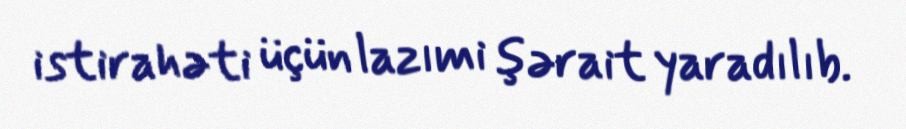
istirahəti üçün lazımi şərait yaradılıb.